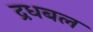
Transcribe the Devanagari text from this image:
द्रधबल